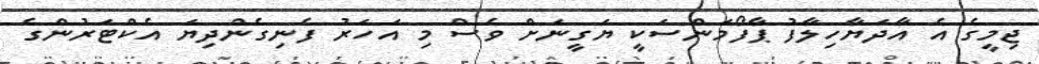
ޖިމީގެ އެ އާދަޔާހިލާފު ޕާފޯމަންސަކީ ޔަގީނަށް ވެސް މި އަހަރު ފެނިގެންދިޔަ އެކްޓަރުންގެ